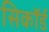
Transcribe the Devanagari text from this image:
सिकॉर्ड